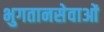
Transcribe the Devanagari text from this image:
भुगतानसेवाओं